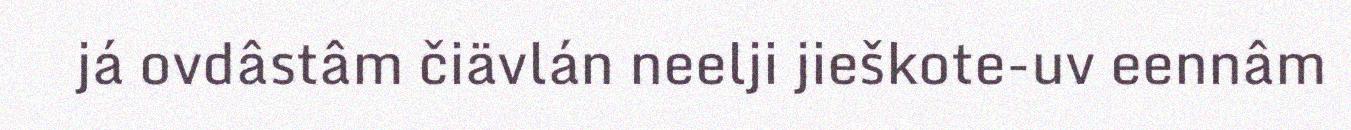
já ovdâstâm čiävlán neelji jieškote-uv eennâm